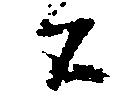
公